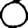
Digit: 0